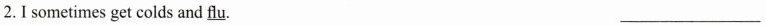
2.I sometimes get colds and \underline{flu}. ___